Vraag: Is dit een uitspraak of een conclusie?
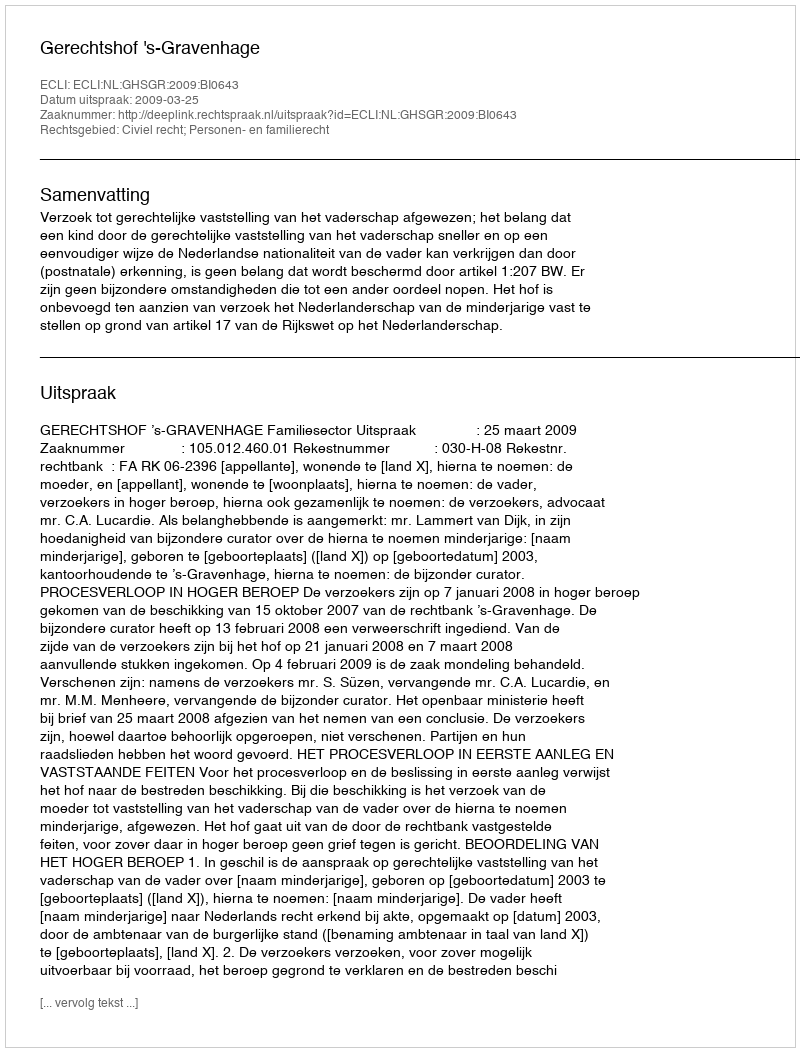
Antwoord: Uitspraak